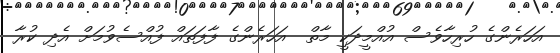
އަހަރެންގެ ހުރިހާވެސް އުއްމީދަކީ މާތް  އަހަރެންގެ ފާފަތައް ފުއްސެވުމަށް އެދި ކުރާ